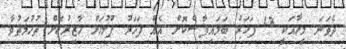
ދެވަނަ މީހާއަކީ 18 ފަހަރު ބަލައިފާސްކޮށް އެއް ފަހަރު ފުލުހަށް ހާޒިރުކޮށް ތުހުމަތުވާ